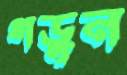
গড়ুন